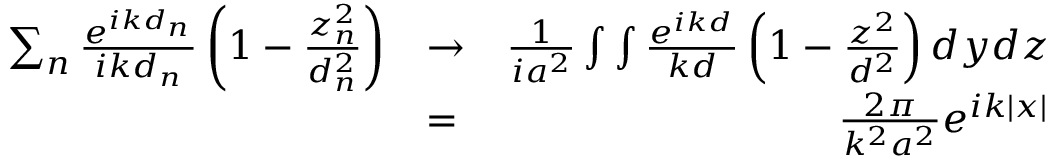
\begin{array} { r l r } { \sum _ { n } \frac { e ^ { i k d _ { n } } } { i k d _ { n } } \left( 1 - \frac { z _ { n } ^ { 2 } } { d _ { n } ^ { 2 } } \right) } & { \to } & { \frac { 1 } { i a ^ { 2 } } \int \int \frac { e ^ { i k d } } { k d } \left( 1 - \frac { z ^ { 2 } } { d ^ { 2 } } \right) d y d z } \\ & { = } & { \frac { 2 \pi } { k ^ { 2 } a ^ { 2 } } e ^ { i k | x | } } \end{array}